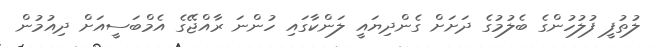
ލުތުފީ ފުލުހުންގެ ބެލުމުގެ ދަށަށް ގެންދިޔައީ ލަންކާގައި ހުންނަ ރާއްޖޭގެ އެމްބަސީއަށް ދިއުމުން